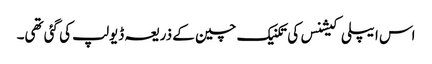
اس ایپلی کیشنس کی تکنیک چین کے ذریعہ ڈیولپ کی گئی تھی۔